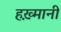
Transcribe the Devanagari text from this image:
हख़्मानी